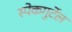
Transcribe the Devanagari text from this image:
स्पेकगुर्टेल